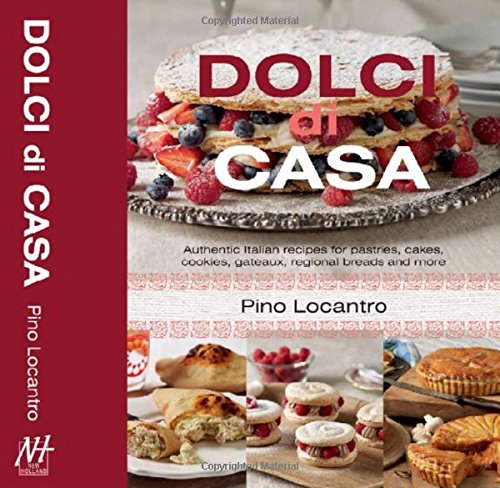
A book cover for Dolci Di Casa: Authentic Italian Recipes for Pastries, Cakes, Cookies, Gateaux, Regional Breads and More; Pino Locantro; Cookbooks, Food & Wine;